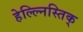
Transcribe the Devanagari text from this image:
हेल्ल्निस्तिक्